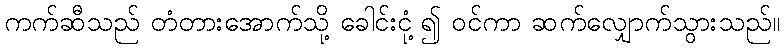
ကက်ဆီသည် တံတားအောက်သို့ ခေါင်းငုံ့၍ ဝင်ကာ ဆက်လျှောက်သွားသည်။